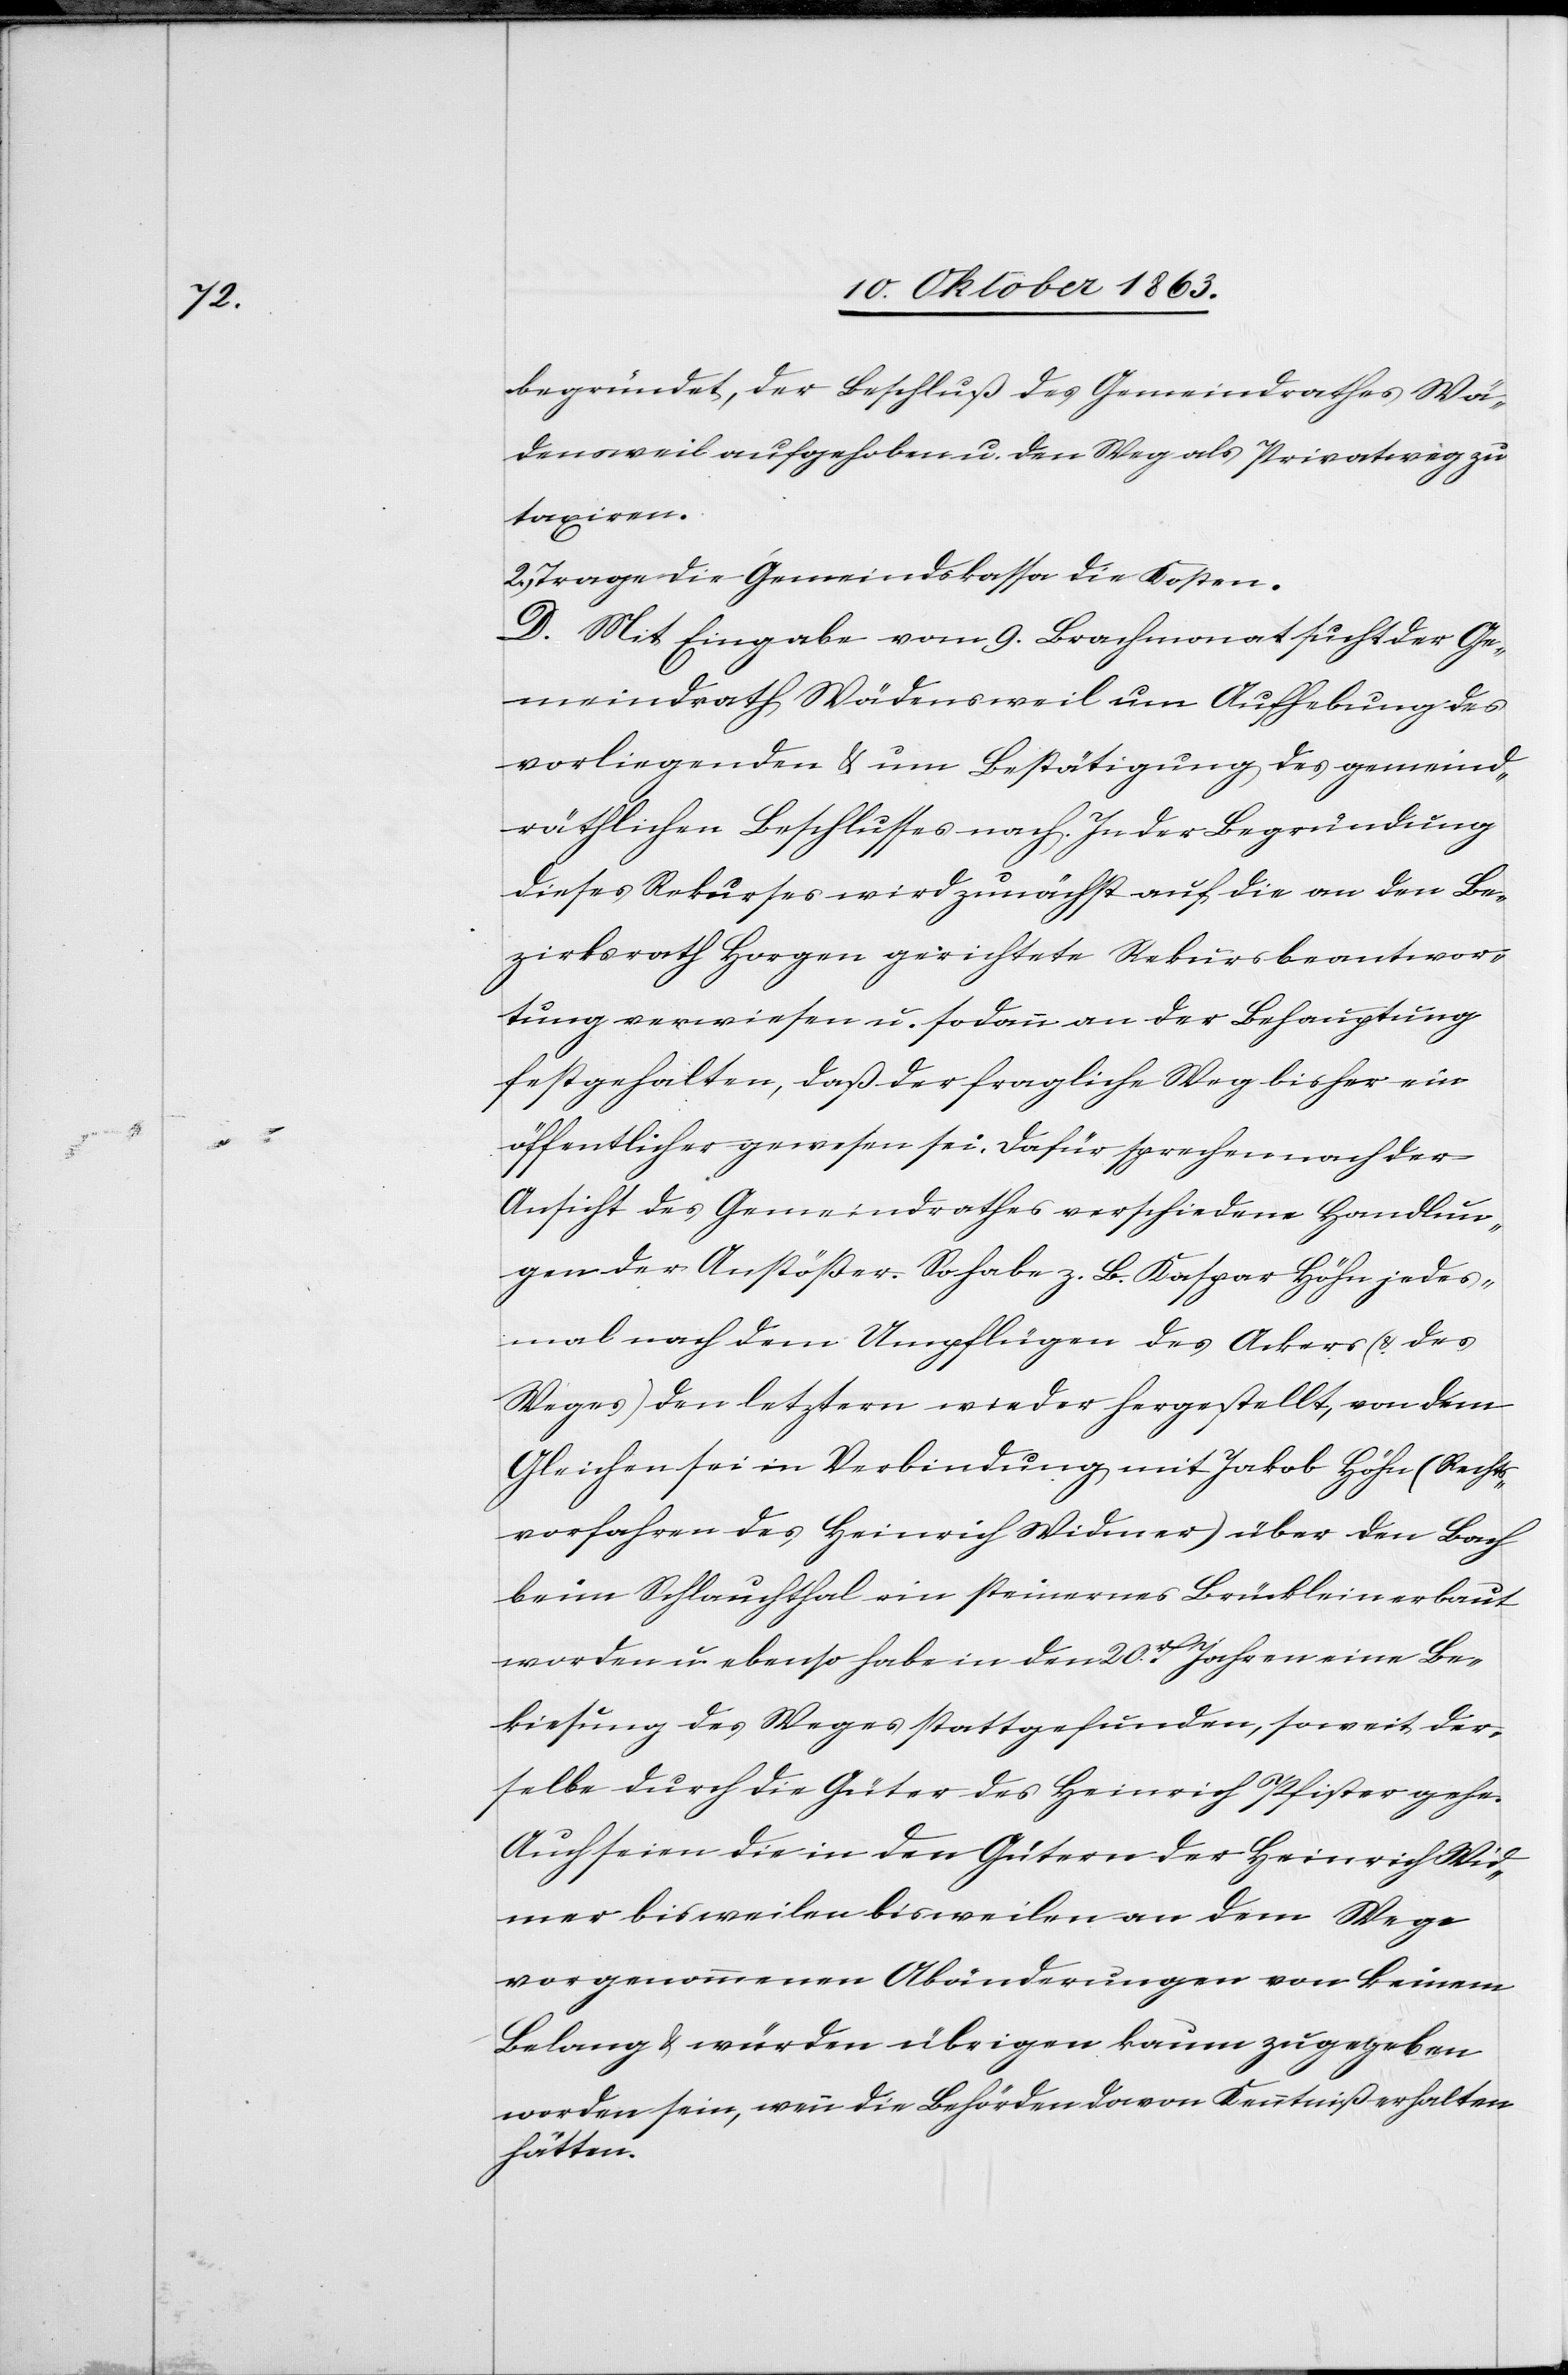
2.

begründet, der Beschluß des Gemeindrathes Wä¬
densweil aufgehoben u. den Weg als Privatweg zu
taxiren.
Trage die Gemeindskassa die Kosten.
D. Mit Eingabe vom 9. Brachmonat sucht der Ge¬
meindrath Wädensweil um Aufhebung des
vorliegenden & um Bestätigung des gemeind¬
räthlichen Beschlusses nach. In der Begründung
dieses Rekurses wird zunächst auf die an den Be¬
zirksrath Horgen gerichtete Rekursbeantwor¬
tung verwiesen u. sodann an der Behauptung
festgehalten, daß der fragliche Weg bisher ein
öffentlicher gewesen sei. Dafür sprechen nach der
Ansicht des Gemeindrathes verschiedene Handlun¬
gen der Anstößer. So habe z. B. Kaspar Höhn jedes¬
mal nach dem Umpflügen des Ackers (& des
Weges) den letztern wieder hergestellt, von dem
Gleichen sei in Verbindung mit Jakob Höhn (Rechts¬
vorfahren des Heinrich Widmer) über den Bach
beim Schlauchthal ein steinernes Brücklein erbaut
worden u. ebenso habe in den 20r Jahren eine Be¬
kiesung des Weges stattgefunden, soweit der¬
selbe durch die Güter des Heinrich Pfister gehe.
Auch seien die in den Gütern der [sic!] Heinrich Wid¬
mer bis weilen bis weilen [sic!] an dem Wege
vorgenommenen Abänderungen von keinem
Belange & würden übrigen kaum zugegeben
worden sein, wenn die Behörden davon Kenntniß erhalten
hätten.